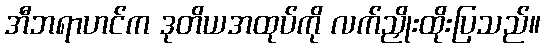
အီဘရာဟင်က ဒုတိယအထုပ်ကို လက်ညှိုးထိုးပြသည်။